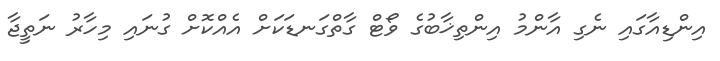
އިންޑިއާގައި ނެގި އާންމު އިންތިޚާބުގެ ވޯޓް ގާތްގަނޑަކަށް އެއްކޮށް ގުނައި މިހާރު ނަތީޖާ